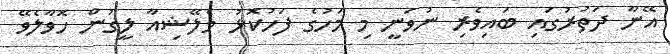
އޭނާ ދަތުރުގައި ބައިވެރި ނުވަނީ މި މަހުގެ ފަހުކޮޅު މެލޭޝިއާ ލީގުން ހޮވާލެވޭ